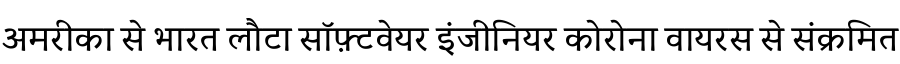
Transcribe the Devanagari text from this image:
अमरीका से भारत लौटा सॉफ़्टवेयर इंजीनियर कोरोना वायरस से संक्रमित